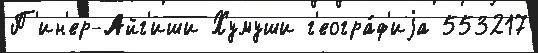
П'ин'ер-Айг'иши Хумуши г'еогра́ф'иjа 553217